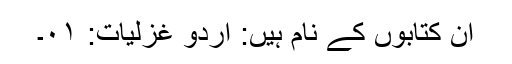
ان کتابوں کے نام ہیں: اُردو غزلیات: ۰۱۔